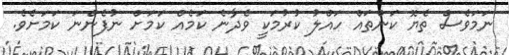
ނަމަވެސް ތެޔޮ ކަންތައް ހައްލު ކުރުމަކީ ވެދާނެ ކަމެއް ކަމަށް ނުފެންނަ ކަމަށެވެ.